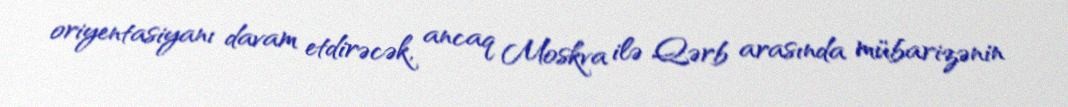
oriyentasiyanı davam etdirəcək, ancaq Moskva ilə Qərb arasında mübarizənin